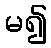
မ၍